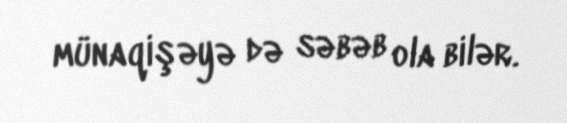
münaqişəyə də səbəb ola bilər.